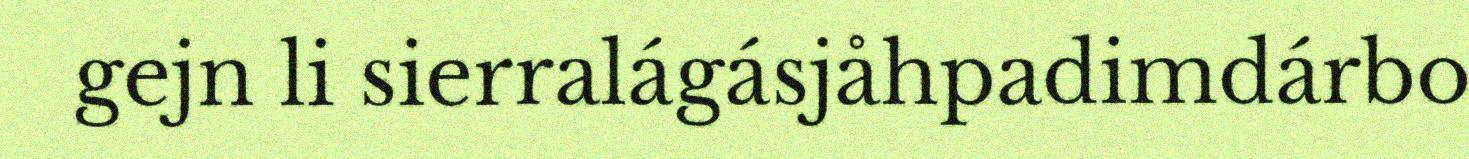
gejn li sierralágásjåhpadimdárbo